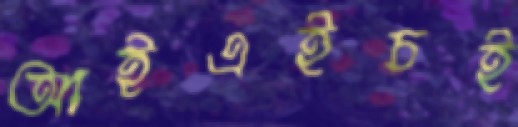
আইএইচই